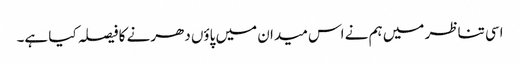
اسی تناظر میں ہم نے اس میدان میں پاؤں دھرنے کا فیصلہ کیا ہے۔